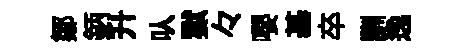
鄒鈵升㕥獄々嚶基卒訓逸